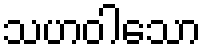
သဟဝါသော